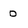
Character: D